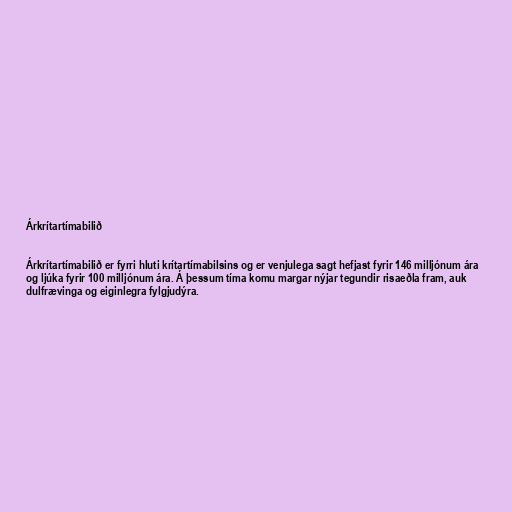
Árkrítartímabilið

Árkrítartímabilið er fyrri hluti krítartímabilsins og er venjulega sagt hefjast fyrir 146 milljónum ára
og ljúka fyrir 100 milljónum ára. Á þessum tíma komu margar nýjar tegundir risaeðla fram, auk
dulfrævinga og eiginlegra fylgjudýra.